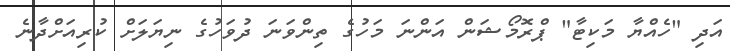
އަދި "ހެއްޔާ މަކިޓާ" ޕްރޮމޯޝަން އަންނަ މަހުގެ ތިންވަނަ ދުވަހުގެ ނިޔަލަށް ކުރިއަށްދާނެ